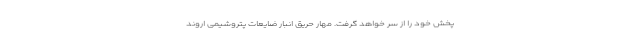
پخش خود را از سر خواهد گرفت. مهار حریق انبار ضایعات پتروشیمی اروند